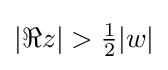
|\Re z|>{\tfrac {1}{2}}|w|